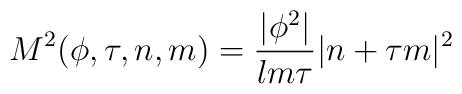
M^2(\phi,\tau,n,m) = \frac{|\phi^2|}{lm\tau} |n + \tau m|^2